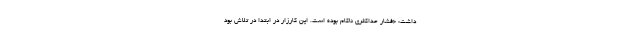
داشت: «فشار حداکثری ناکام بوده است. این کارزار در ابتدا در تلاش بود